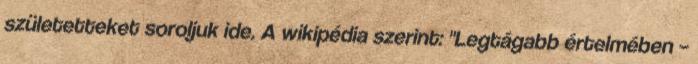
születetteket soroljuk ide. A wikipédia szerint: "Legtágabb értelmében –